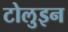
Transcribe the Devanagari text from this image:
टोलुइन